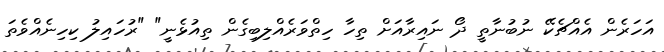
އަހަރެން އެއްޗެކޭ ނުބުނާތީ ދޯ ނައިރާއަށް ތިހާ ހިތްވަރެއްލިބިގެން ތިއުޅެނީ" "ރުހައިލު ކިހިނެއްވެތަ